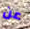
عن